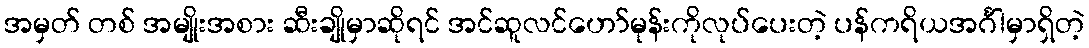
အမှတ် တစ် အမျိုးအစား ဆီးချိုမှာဆိုရင် အင်ဆူလင်ဟော်မုန်းကိုလုပ်ပေးတဲ့ ပန်ကရိယအင်္ဂါမှာရှိတဲ့